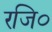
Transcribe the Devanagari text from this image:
रजि०